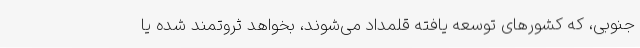
جنوبی، که کشورهای توسعه یافته قلمداد می‌شوند، بخواهد ثروتمند شده یا